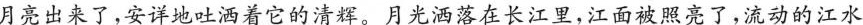
月亮出来了，安详地吐洒着它的清辉。月光洒落在长江里，江面被照亮了，流动的江水